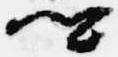
卿